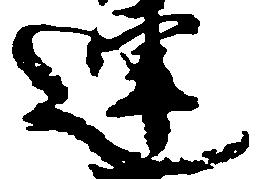
連